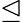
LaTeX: \trianglelefteq